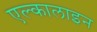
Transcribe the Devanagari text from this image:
एल्कालाइन